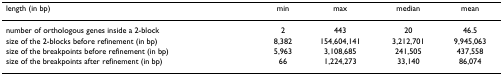
| length (in bp) | min | max | median | mean |
 | --- | --- | --- | --- | --- |
 | number of orthologous genes inside a 2-block | 2 | 443 | 20 | 46.5 |
 | size of the 2-blocks before refinement (in bp) | 8,382 | 154,604,141 | 3,212,701 | 9,945,063 |
 | size of the breakpoints before refinement (in bp) | 5,963 | 3,108,685 | 241,505 | 437,558 |
 | size of the breakpoints after refinement (in bp) | 66 | 1,224,273 | 33,140 | 86,074 |